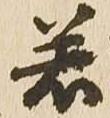
若